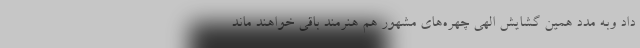
داد وبه مدد همین گشايش الهی چهره‌های مشهور هم هنرمند باقی خواهند ماند